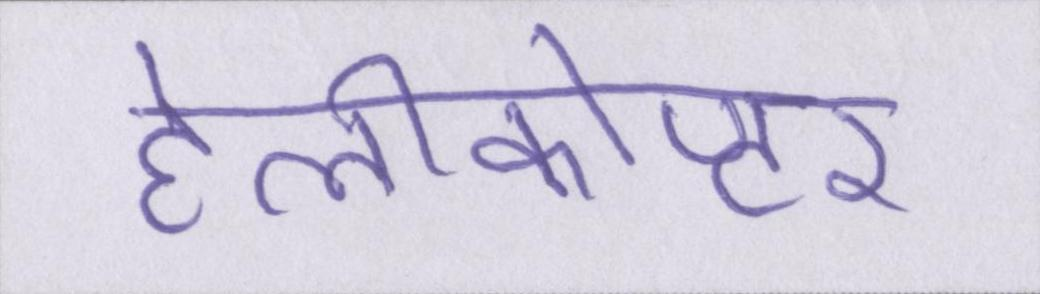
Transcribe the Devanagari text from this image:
हेलीकोप्टर